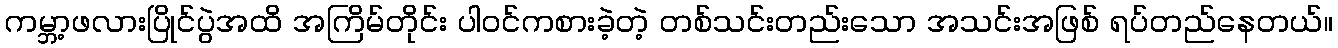
ကမ္ဘာ့ဖလားပြိုင်ပွဲအထိ အကြိမ်တိုင်း ပါဝင်ကစားခဲ့တဲ့ တစ်သင်းတည်းသော အသင်းအဖြစ် ရပ်တည်နေတယ်။